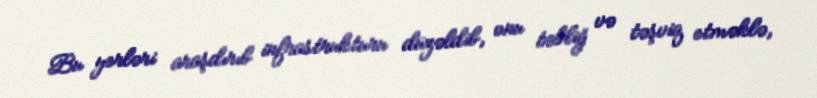
Bu yerləri araşdırıb infrastrukturu düzəldib, onu təbliğ və təşviq etməklə,